Calcutta medical institutions reports 1871-78
Year: 1871
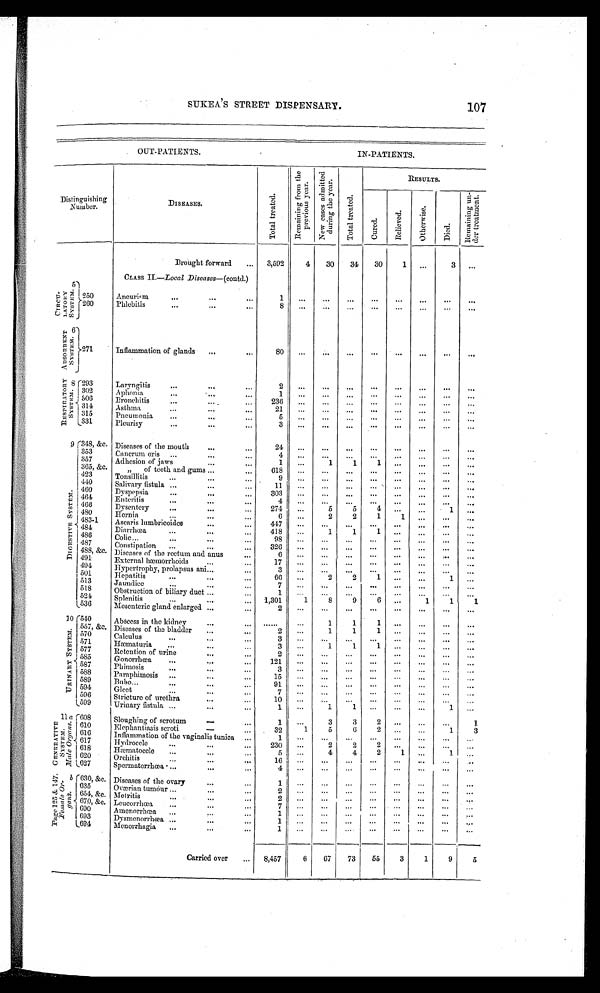
107
S U K E A ' S S T R E E T D I S P E N S A R Y .
OUT-PATIENTS.
.
IN-PATIENTS.
Distinguishing Diseases
Number.
Total treated
R e m a i n i n g f r o m t h e p r e v i o u s y e a r N e w c a s e s a d m i t t e d d u r i n g t h e y e a r
T o t a l t r e a t e d
Results
C u r e d .
Rel i eved.
Ot he r wi s e .
D i e d .
R e m a i n i n g u n d e r t r e a t m e n t .
C I R C U - L A T O R Y S Y S T E M . 5
Brought forward
...
3,592
4
30
34
30
1
...
3
...
CLASS II.—Local Diseases—(contd.)
250
Aneurism
...
...
...
1
...
...
...
. . .
...
...
...
. . .
260
Phlebitis
...
...
. . .
8
...
...
...
...
...
...
ABS ORBENT S YS TEM 6 .
271
Inflammation of glands
...
...
80
...
...
...
...
...
...
...
R E S P I R A T O R Y S Y S T E M
8.
293 Laryngitis...
. . .
2
...
...
...
...
...
...
...
302
Aphonia.
...
...
...
1
...
...
...
...
...
...
506
Bronchitis
...
....
...
23
6
...
...
314 Asthma
...
...
...
21
...
...
...
...
...
...
...
...
315
Pneumonia...
... 5
...
...
...
...
...
331 Pleurisy
...
...
...
...
...
...
...
...
...
...
D I G E S T I V E S Y S T E M 9 .
348, &C.Diseases of the mouth
...
..
24
...
...
...
...
...
...
...
...
353
Cancrum Boris ...
...
...
4
...
. . .
...
...
...
357
Adhesion of jaws
...
...
1
...
1
1
...
...
365, &c
''
of teeth and gums ...
...
618
...
...
...
...
...
...
423
Tonsillitis
...
...
... .
9
...
...
...
...
...
...
...
...
410
Salivary fistula ...
...
...
11
...
...
...
...
...
...
...
460
Dyspepsia
...
...
...
303
...
...
464
Enteritis
...
...
... 4
...
. . .
. . .
...
...
. ..
...
466
Dysentery
...
...
...
274
. . . 5
5
4
...
...
1
480
Hernia...
6
...
2
2
1 1
...
...
483-1
Ascaris lumbricoides
...
...
44
... ..
...
...
...
...
...
484
Diarrhœa
...
...
...
418
. . . 1
1 1
...
...
486
Colic...
...
98
...
...
...
...
...
...
...
480
Constipation
...
...
...
326
...
...
...
...
...
...
...
...
4S8, &C. Diseases of the rectum and anus
...
6
...
...
...
,..
...
491
External hæmorrhoids
...
...
17
...
...
...
...
...
...
...
...
491
Hypertrophy, prolapsus ani...
...
501
Hepatitis
...
...
66
...
2 2
1
... 1
513
Jaundice
...
...
7
...
...
...
...
...
...
...
...
518
Obstruction of biliary duct ..
1
...
...
...
521
Splenitis
...
...
....
1,301
1
8
9 6
1
1
1
U30
Mesenteric gland enlarged ...
...
2
...
...
...
...
...
...
...
...
U R I N A R Y S Y S T E M 1 0 . 1540
Abscess in the kidney... ...
......
...
1
1 1
...
...
...
557, &C. Diseases of the bladder
...
...
2
...
1
1 1
...
...
570Calculus
...
...
...
3
...
..
...
. . .
...
...
...
...
571
Hæmaturia
...
3
...
1
1 1
577
Retention of urine
...
...
2
...
...
...
...
...
...
...
...
585
Gonorrhœa
...... ...
121
...
...
...
...
...
587
Phimosis
...
...
...
3
...
...
...
...
...
...
...
538
Paraphimosis
..
15
...
...
...
...
...
...
...
589
Bubo...
...
...
...
91
...
...
...
. . .
...
...
...
594
Gleet
...
...
...
7
...
...
...
...
. . .
...
...
596
Stricture of urethra
...
...
10
...
...
...
. . .
...
...
...
. . .
..599
Urinary fistula ...
...
...
1
...
1
1
...
...
1
G E N E R A T I V E S Y S T E M M A L E O R G A N S
11 a. 1608
Sloughing of scrotum
—
...
1
...
3
3
2
..
1
610
Elephantiasis scroti
—
...
32
1
5
6 2
1
3
618
Inflammation of the vaginalis tunica ...
1
...
...
...
...
...
...
...
..'
610
Hydrocele
...
...
...
230
...
2
2 2
...
...
6 8
1
Hæmatocele
...
...
... 5
4
4
2 1
1
...
620 Orchitis ... ... ...
16
...
. . . ...
...
. . .
...
...
. . .
627
Spermatorrhœa
...
. . . . . .
4 . ...
...
...
...
...
...
...
...
PAGE 125 & 147 ORGANS 630, &c. Diseases of the ovary
...
...
1
...
...
...
...
...
...
...
...
635
Oværian tumours ...
2
...
...
...
...
...
654, &C. Metritis
...
...
... 2
...
...
...
...
...
...
. . .
670, &c. Leucorrhœn,
...
...
...
7
...
...
...
. . .
...
...
...
690
Amenorrhœa
...
...
...
1
...
...
‘..
...
...
...
...
. . .
693
Dysmenorrhœa ...
...
...
1
...
...
...
...
. . .
...
...
.,.
694
Menorrhagia
...
...
1
...
...
...
Carried over
...
8,457
6
67
73
55
3
1
9
5